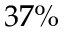
3 7 \%